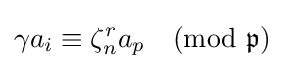
\gamma a_{i}\equiv \zeta _{n}^{r}a_{p}{\pmod {\mathfrak {p}}}